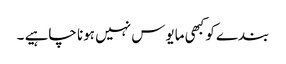
بندے کو کبھی مایوس نہیں ہونا چاہیے ۔